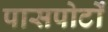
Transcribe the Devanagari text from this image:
पासपोर्टों